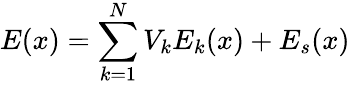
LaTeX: E(x)=\sum_{k=1}^{N}V_{k}E_{k}(x)+E_{s}(x)